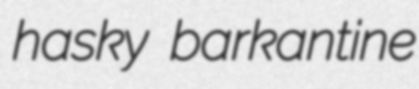
hasky barkantine